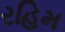
રહિમ